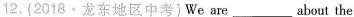
12.{2018·龙东地区中考}We are___about the